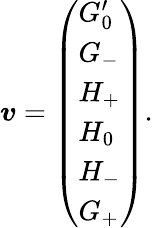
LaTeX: \boldsymbol{v}=\left(\begin{array}{l}{G_{0}^{\prime}}\\ {G_{-}}\\ {H_{+}}\\ {H_{0}}\\ {H_{-}}\\ {G_{+}}\end{array}\right).